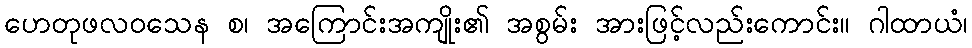
ဟေတုဖလဝသေန စ၊ အကြောင်းအကျိုး၏ အစွမ်း အားဖြင့်လည်းကောင်း။ ဂါထာယံ၊